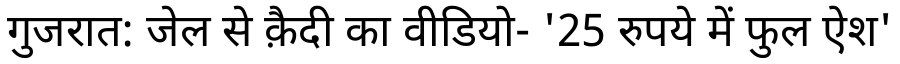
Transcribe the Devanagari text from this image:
गुजरात: जेल से क़ैदी का वीडियो- '25 रुपये में फुल ऐश'